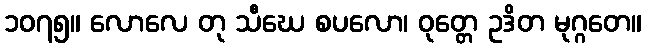
၁၀၇၅။ လောလေ တု သီဃေ စပလော၊ ဝုတ္တေ ဥဒိတ မုဂ္ဂတေ။